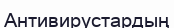
Антивирустардың